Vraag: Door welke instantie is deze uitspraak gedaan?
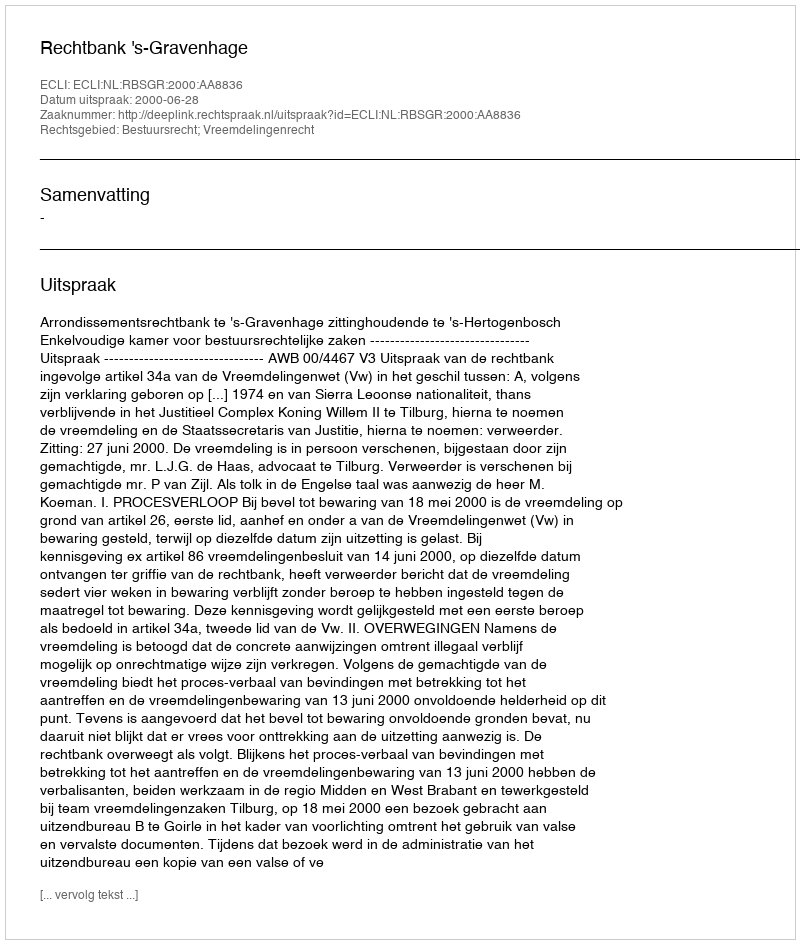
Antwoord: Rechtbank 's-Gravenhage